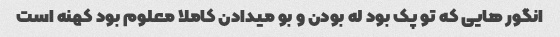
انگور هایی که تو پک بود له بودن و بو میدادن کاملا معلوم بود کهنه است